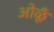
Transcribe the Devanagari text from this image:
ओळूँ